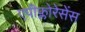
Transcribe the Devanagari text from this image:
एपीफ्लोरेसेंस